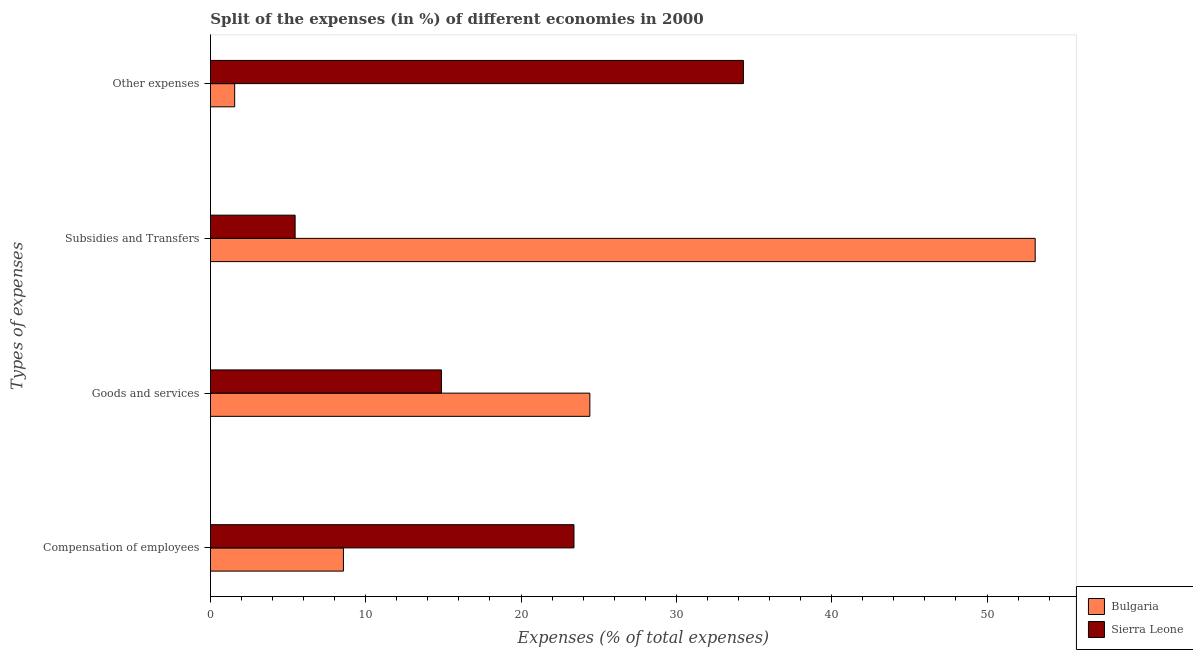
| Types of expenses | Bulgaria | Sierra Leone |
 | --- | --- | --- |
 | Compensation of employees | 8.57 | 23.4 |
 | Goods and services | 24.4 | 14.9 |
 | Subsidies and Transfers | 53.1 | 5.46 |
 | Other expenses | 1.56 | 34.3 |